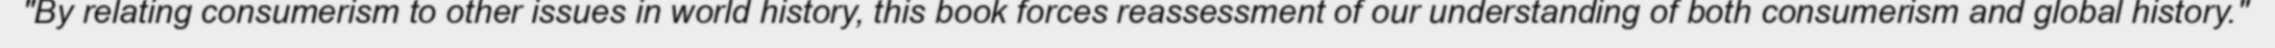
"By relating consumerism to other issues in world history, this book forces reassessment of our understanding of both consumerism and global history."